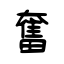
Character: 奮